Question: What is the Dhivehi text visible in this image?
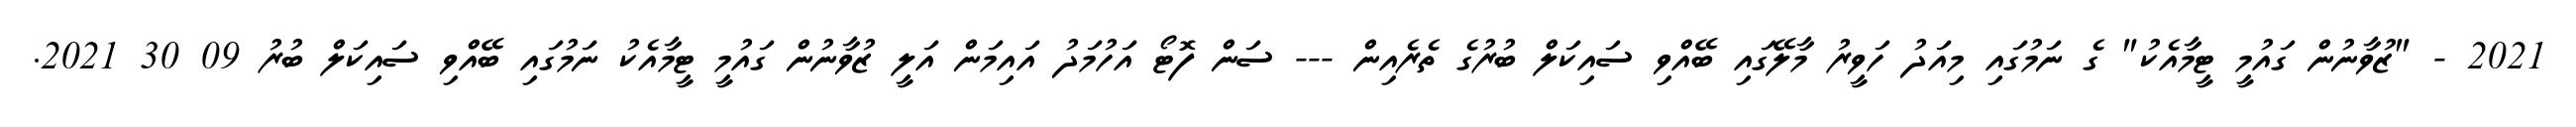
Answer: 2021 - "ޒުވާނުން ގައުމީ ޓީމާއެކު" ގެ ނަމުގައި މިއަދު ހަވީރު މާލޭގައި ބޭއްވި ސައިކަލް ބުރުގެ ތެރެއިން --- ސަން ފޮޓޯ އަހުމަދު އައިމަން އަލީ ޒުވާނުން ގައުމީ ޓީމާއެކު ނަމުގައި ބޭއްވި ސައިކަލް ބުރު 09 30 2021.